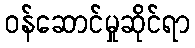
ဝန်ဆောင်မှုဆိုင်ရာ